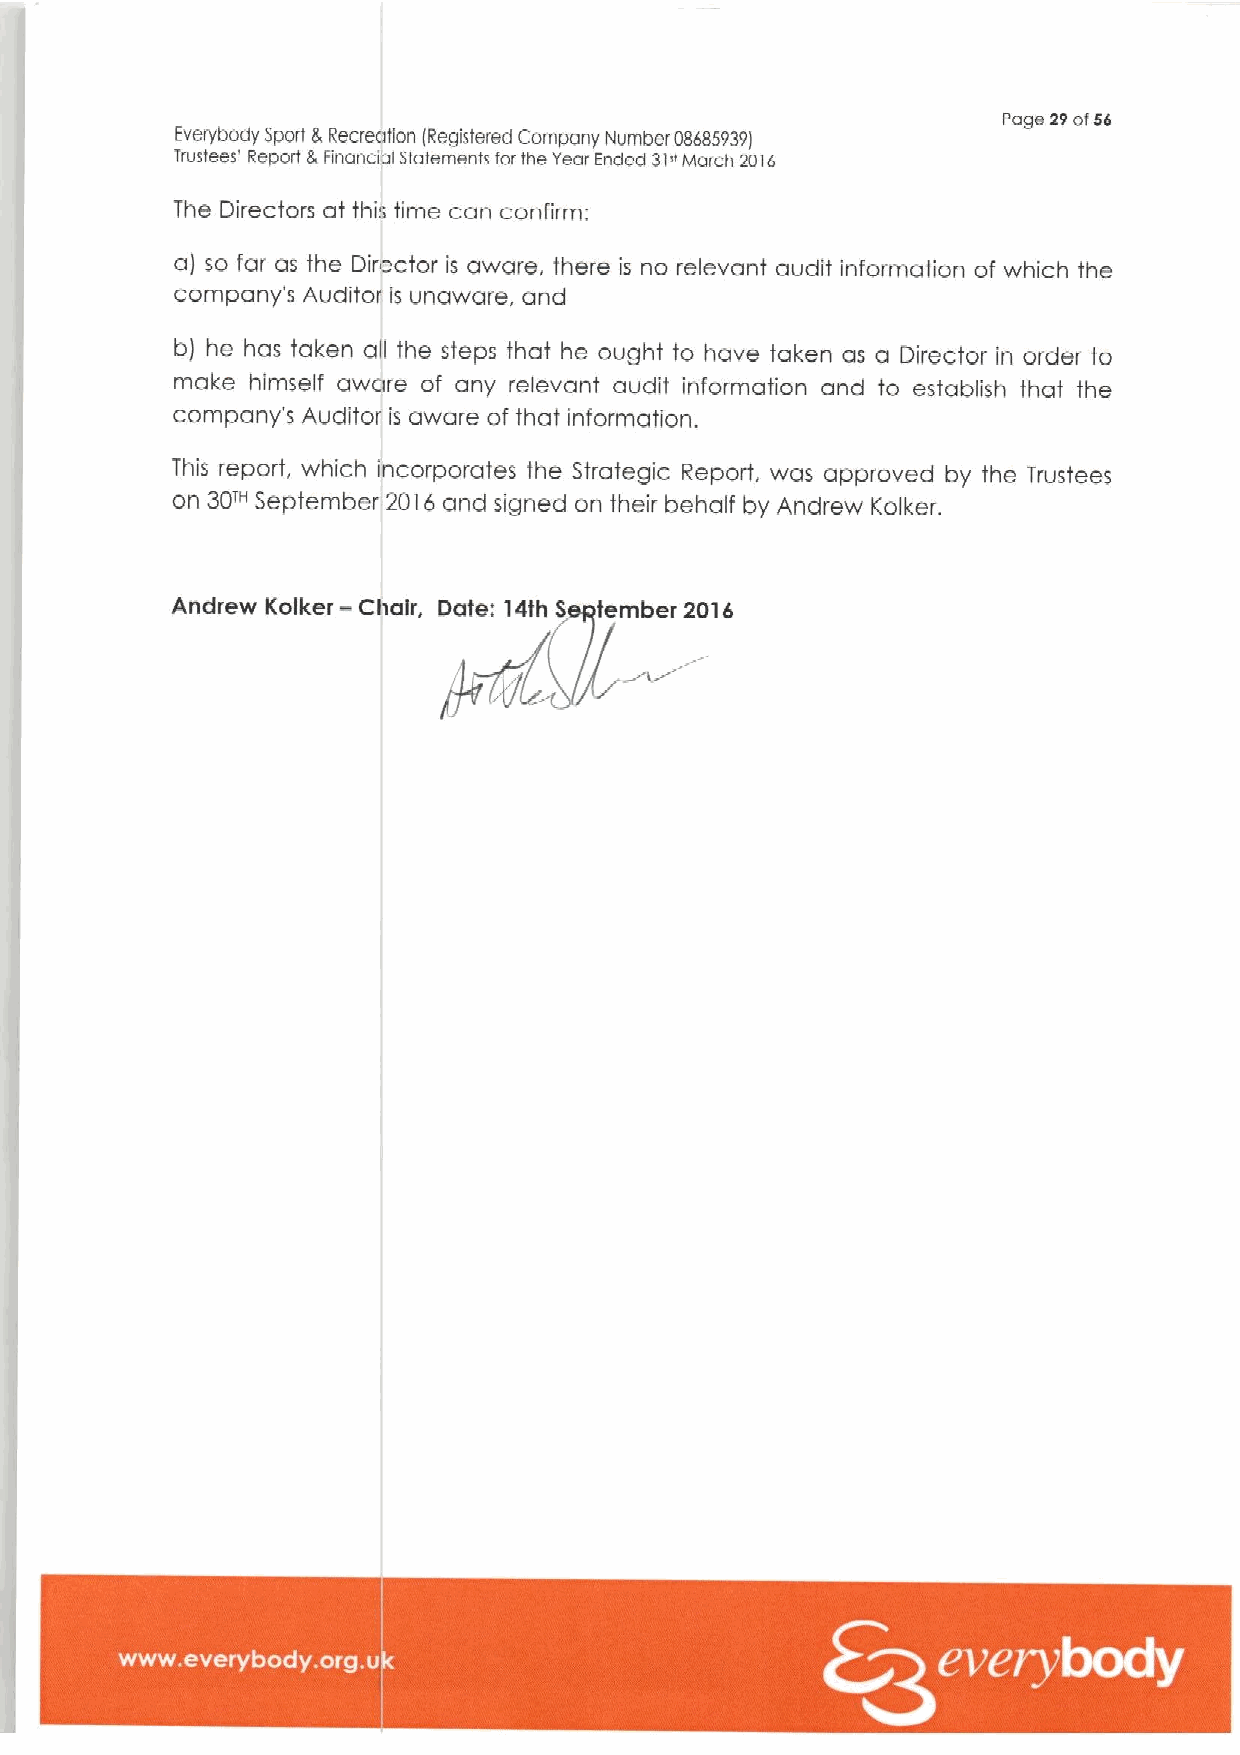
Page 29of56
 Everybody Sport 8 Recreation lRegistered Company Number 08685939)
 Trustees' Report 8Financial statements for the Year Ended 31»i»sarah 2016
 The Directors at this time can confirm:
 a) so far as the Director is aware, there is no relevant audit information of which the
 company's Auditor is unaware, and
 b) he has taken all the steps that he ought to have taken as a Director in order to
 make himself aware of any relevant audit information and to establish that the
 company's Auditor is aware of that information.
 This report, which incorporates the Strategic Report, was approved by the Trustees
 30™
 on    September 20i 6 and signed on their behalf by Andrew Kolker.
 -
 Andrew Kolker Chair, Date: 14th S tember 2016
 ~ 0 ~